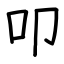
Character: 叩